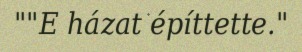
""E házat építtette."